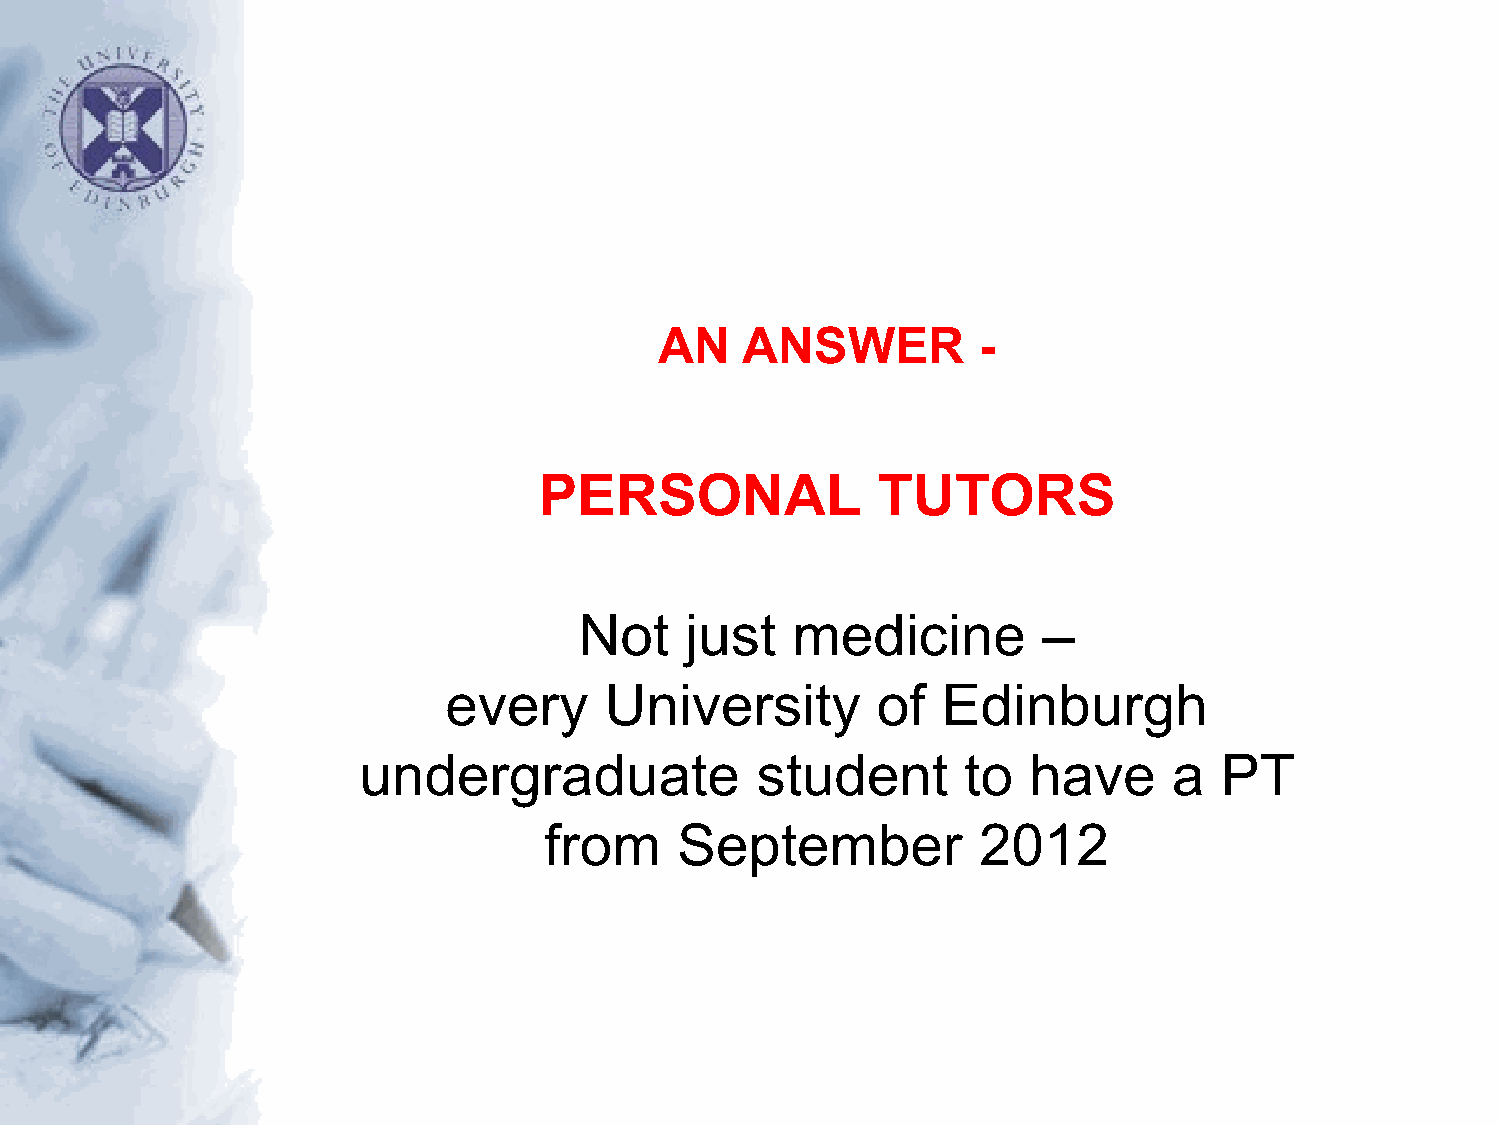
AN   ANSWER          -
 PERSONAL              TUTORS
 Not    just   medicine         –
 every      University        of  Edinburgh
 undergraduate             student       to  have      a  PT
 from     September           2012